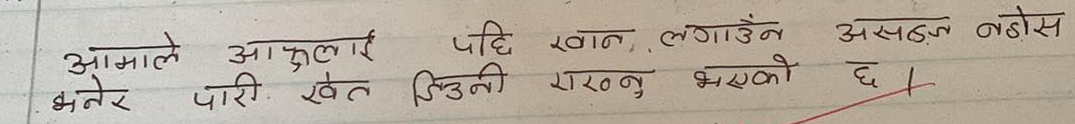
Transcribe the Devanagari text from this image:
आमाले आफुलाई पछि खान लगाउँन असहज नहोस भनेर पारी खेत जिउनी राख्नु भएको छ ।